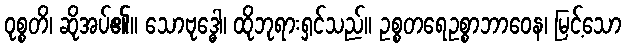
ဝုစ္စတိ၊ ဆိုအပ်၏။ သောဗုဒ္ဓေါ၊ ထိုဘုရားရှင်သည်။ ဥစ္စတရေဥစ္စာဘာဝေန၊ မြင့်သော